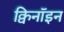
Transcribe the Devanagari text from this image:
क्विनॉइन